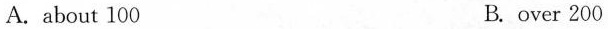
A. about 100 B. over 200